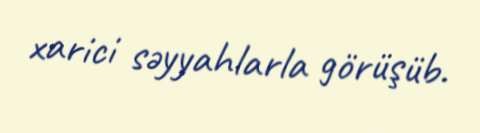
xarici səyyahlarla görüşüb.